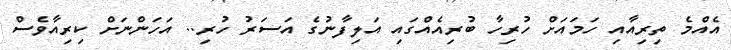
އެއްމެ ތިރިއާއި ހަމައަށް ހުރިހާ ބުރިއެއްގައި އަލިފާނުގެ އަސަރު ހުރި.. އަހަންނަށް ކިރިއާވެސް